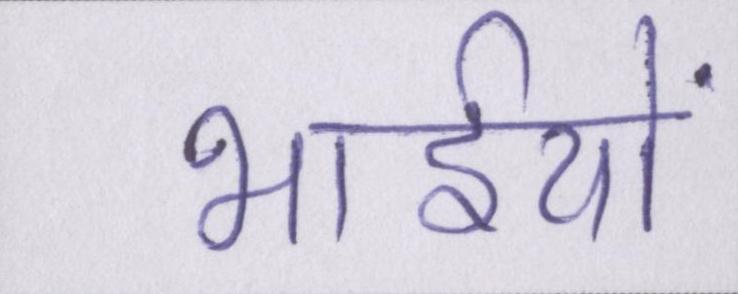
भाईयों